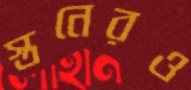
স্তনেরও